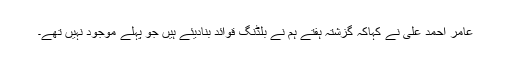
عامر احمد علی نے کہاکہ گزشتہ ہفتے ہم نے بلڈنگ قوائد بنادیئے ہیں جو پہلے موجود نہیں تھے۔